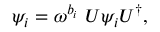
\psi _ { i } = \omega ^ { b _ { i } } \ U \psi _ { i } U ^ { \dagger } ,